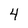
Character: 4